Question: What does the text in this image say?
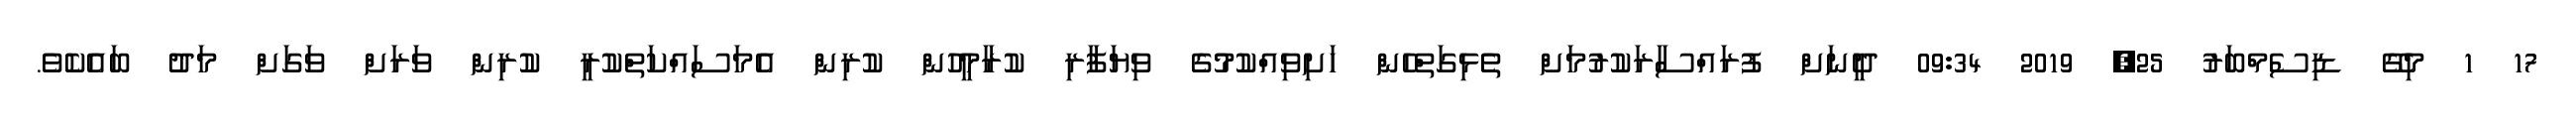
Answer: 17 1 މިގޭ ޑިސެމްބަރު 25, 2019 09:34 ދީނަށް ފުރައްސާރަކުރުމަށް ތެޅިގަތްހެން ހަށިވިއްކުމުގެ ވިޔަފާރި ކުރާމީހުން ކުރިން އެމަސައްކަތްކުރީ ކުރިން ވަރަށް ވަގަށް މަދު ބައެކެވެ.